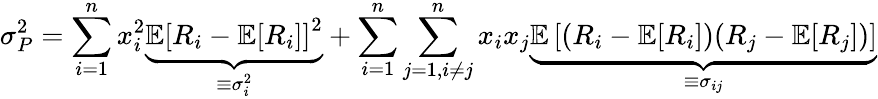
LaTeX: \sigma_{P}^{2}=\sum_{i=1}^{n}x_{i}^{2}\underbrace{\mathbb{E}\left[R_{i}-\mathbb{E}[R_{i}]\right]^{2}}_{\equiv\sigma_{i}^{2}}+\sum_{i=1}^{n}\sum_{j=1,i\neq j}^{n}x_{i}x_{j}\underbrace{\mathbb{E}\left[(R_{i}-\mathbb{E}[R_{i}])(R_{j}-\mathbb{E}[R_{j}])\right]}_{\equiv\sigma_{ij}}